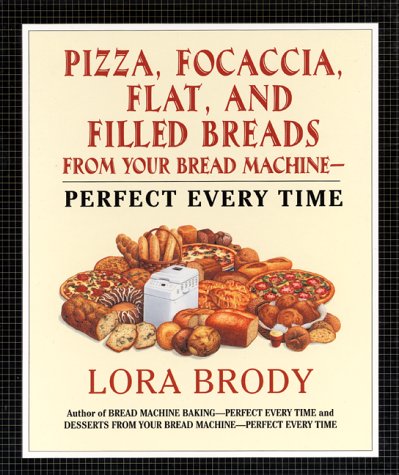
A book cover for Pizza, Focaccia, Flat and Filled Breads For Your Bread Machine: Perfect Every Time; Lora Brody; Cookbooks, Food & Wine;